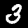
Label: 3